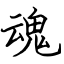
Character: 魂